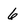
Character: 6